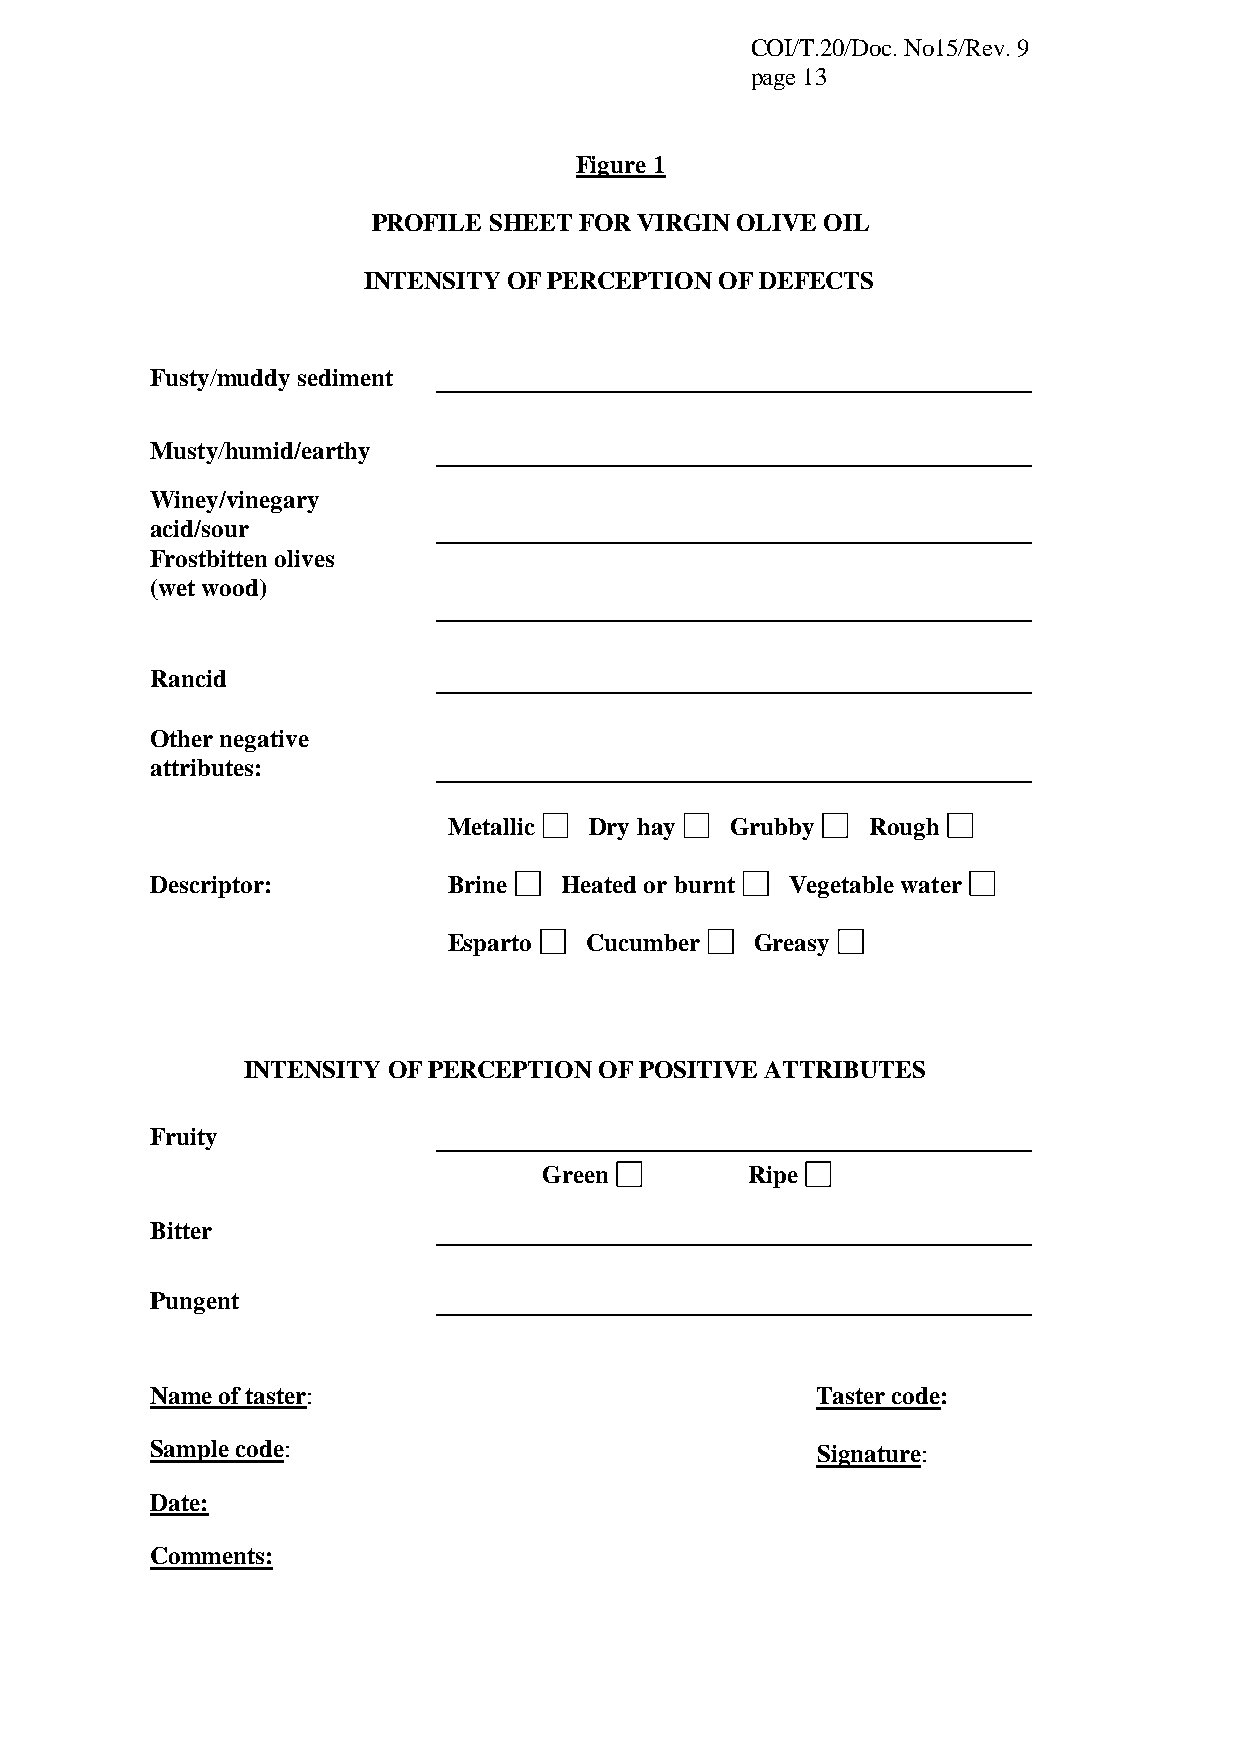
COI/T.20/Doc. No15/Rev. 9
 page 13
 Figure 1
 PROFILE SHEET FOR VIRGIN OLIVE OIL
 INTENSITY OF PERCEPTION OF DEFECTS
 Fusty/muddy sediment
 Musty/humid/earthy
 Winey/vinegary
 acid/sour
 Frostbitten olives
 (wet wood)
 Rancid
 Other negative
 attributes:
 Metallic Dry hay  Grubby   Rough
 Descriptor:         Brine  Heated or burnt Vegetable water
 Esparto  Cucumber   Greasy
 INTENSITY OF PERCEPTION OF POSITIVE ATTRIBUTES
 Fruity
 Green        Ripe
 Bitter
 Pungent
 Name of taster:                             Taster code:
 Sample code:                                Signature:
 Date:
 Comments: